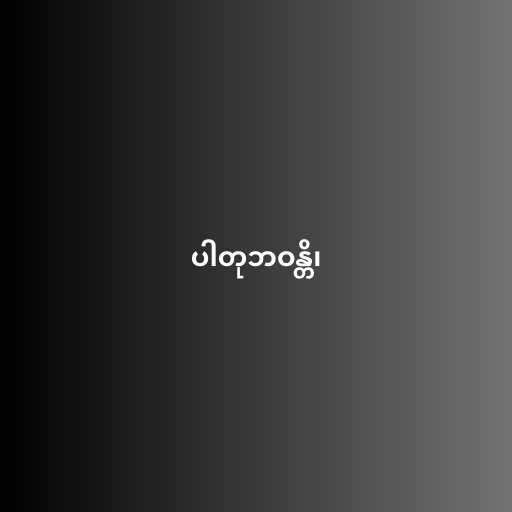
ပါတုဘဝန္တိ၊